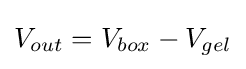
V_{out}=V_{box}-V_{gel}